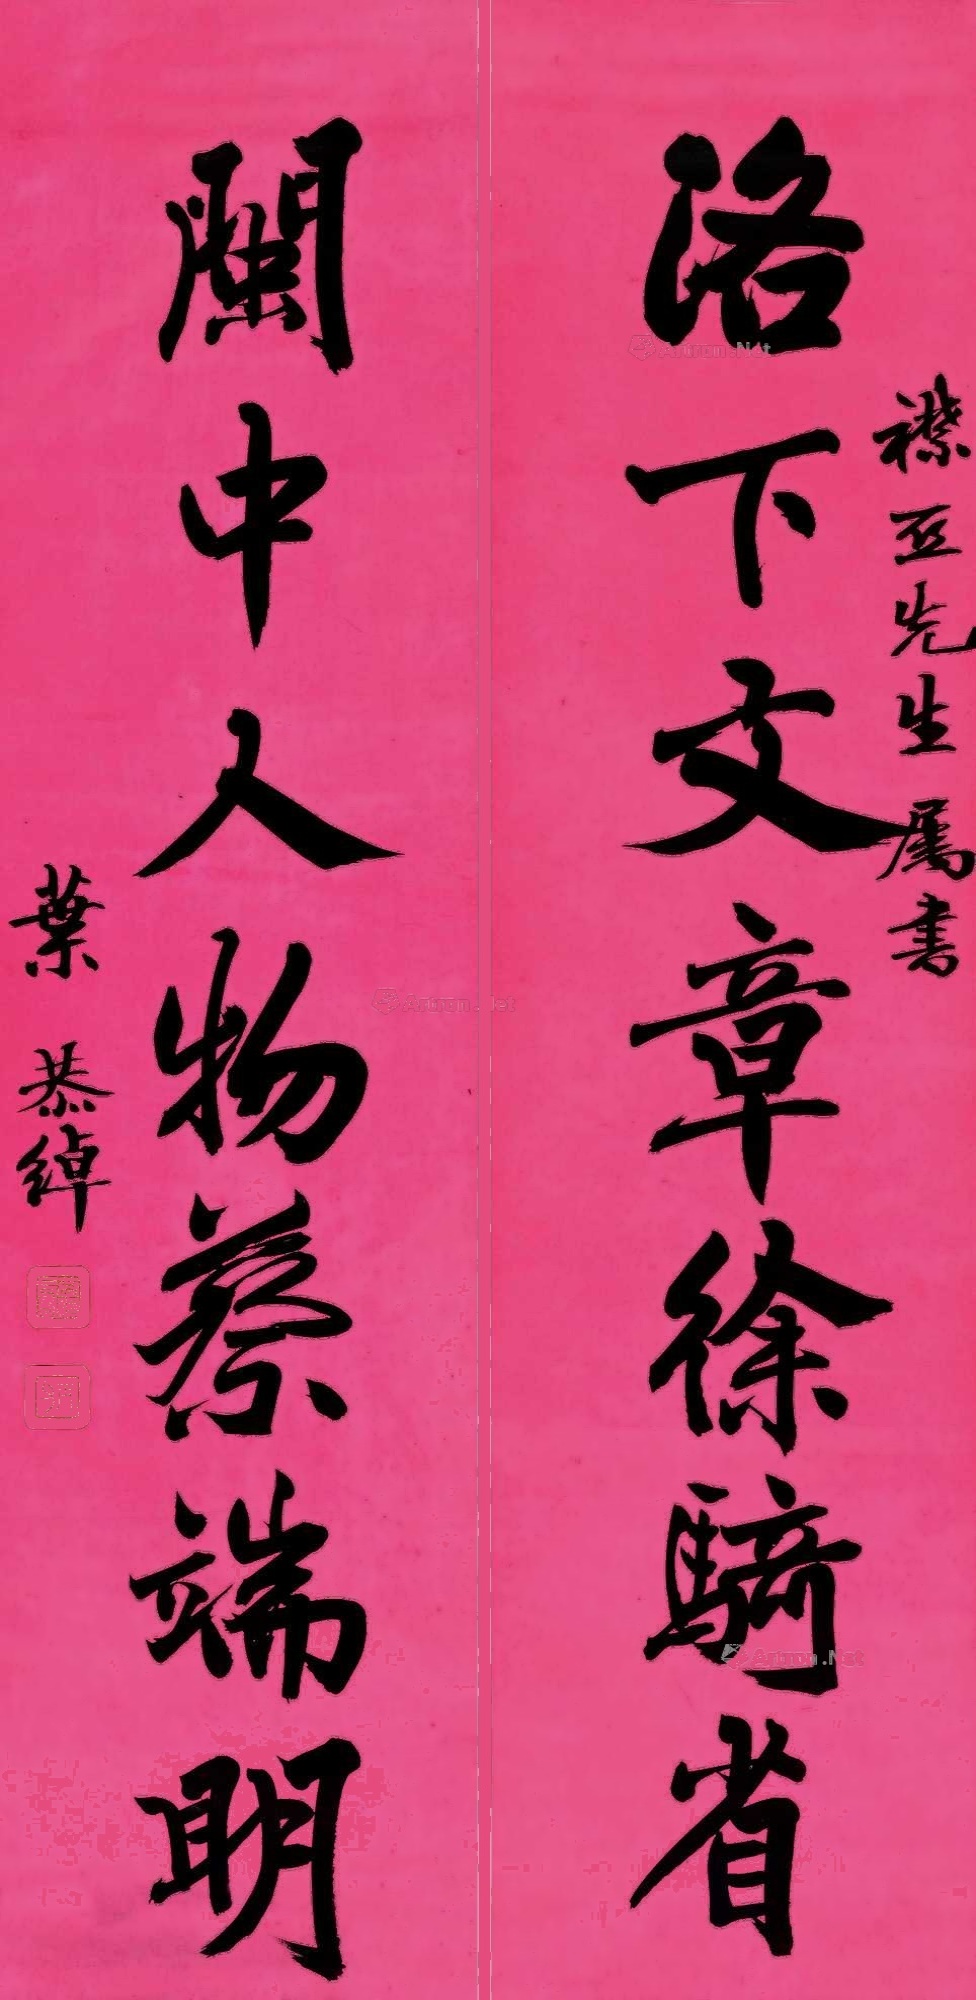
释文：洛下文章徐骑省，闽中人物蔡端明。襟亚先生属书，叶恭绰。